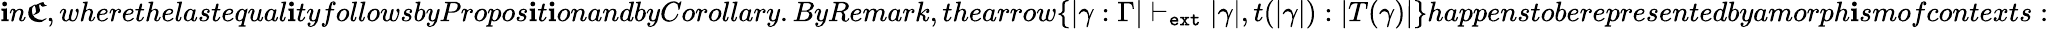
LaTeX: \mathbf{i}n\boldsymbol{\mathfrak{{C}}},wherethelastequal\mathbf{i}tyfollowsbyPropos\mathbf{i}t\mathbf{i}onandbyCorollary.ByRemark,thearrow\{ |\gamma:\Gamma|\; {\vdash}_{\textnormal{\texttt{{ext}}}}\; |\gamma|,t(|\gamma|):|T(\gamma)|\} happenstoberepresentedbyamorph\mathbf{i}smofcontexts: